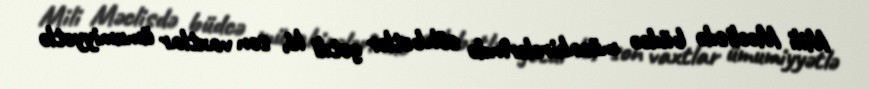
Mili Məclisdə büdcə müzakirələrində söhbətlər getdi ki, son vaxtlar ümumiyyətlə